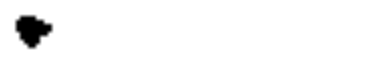
.